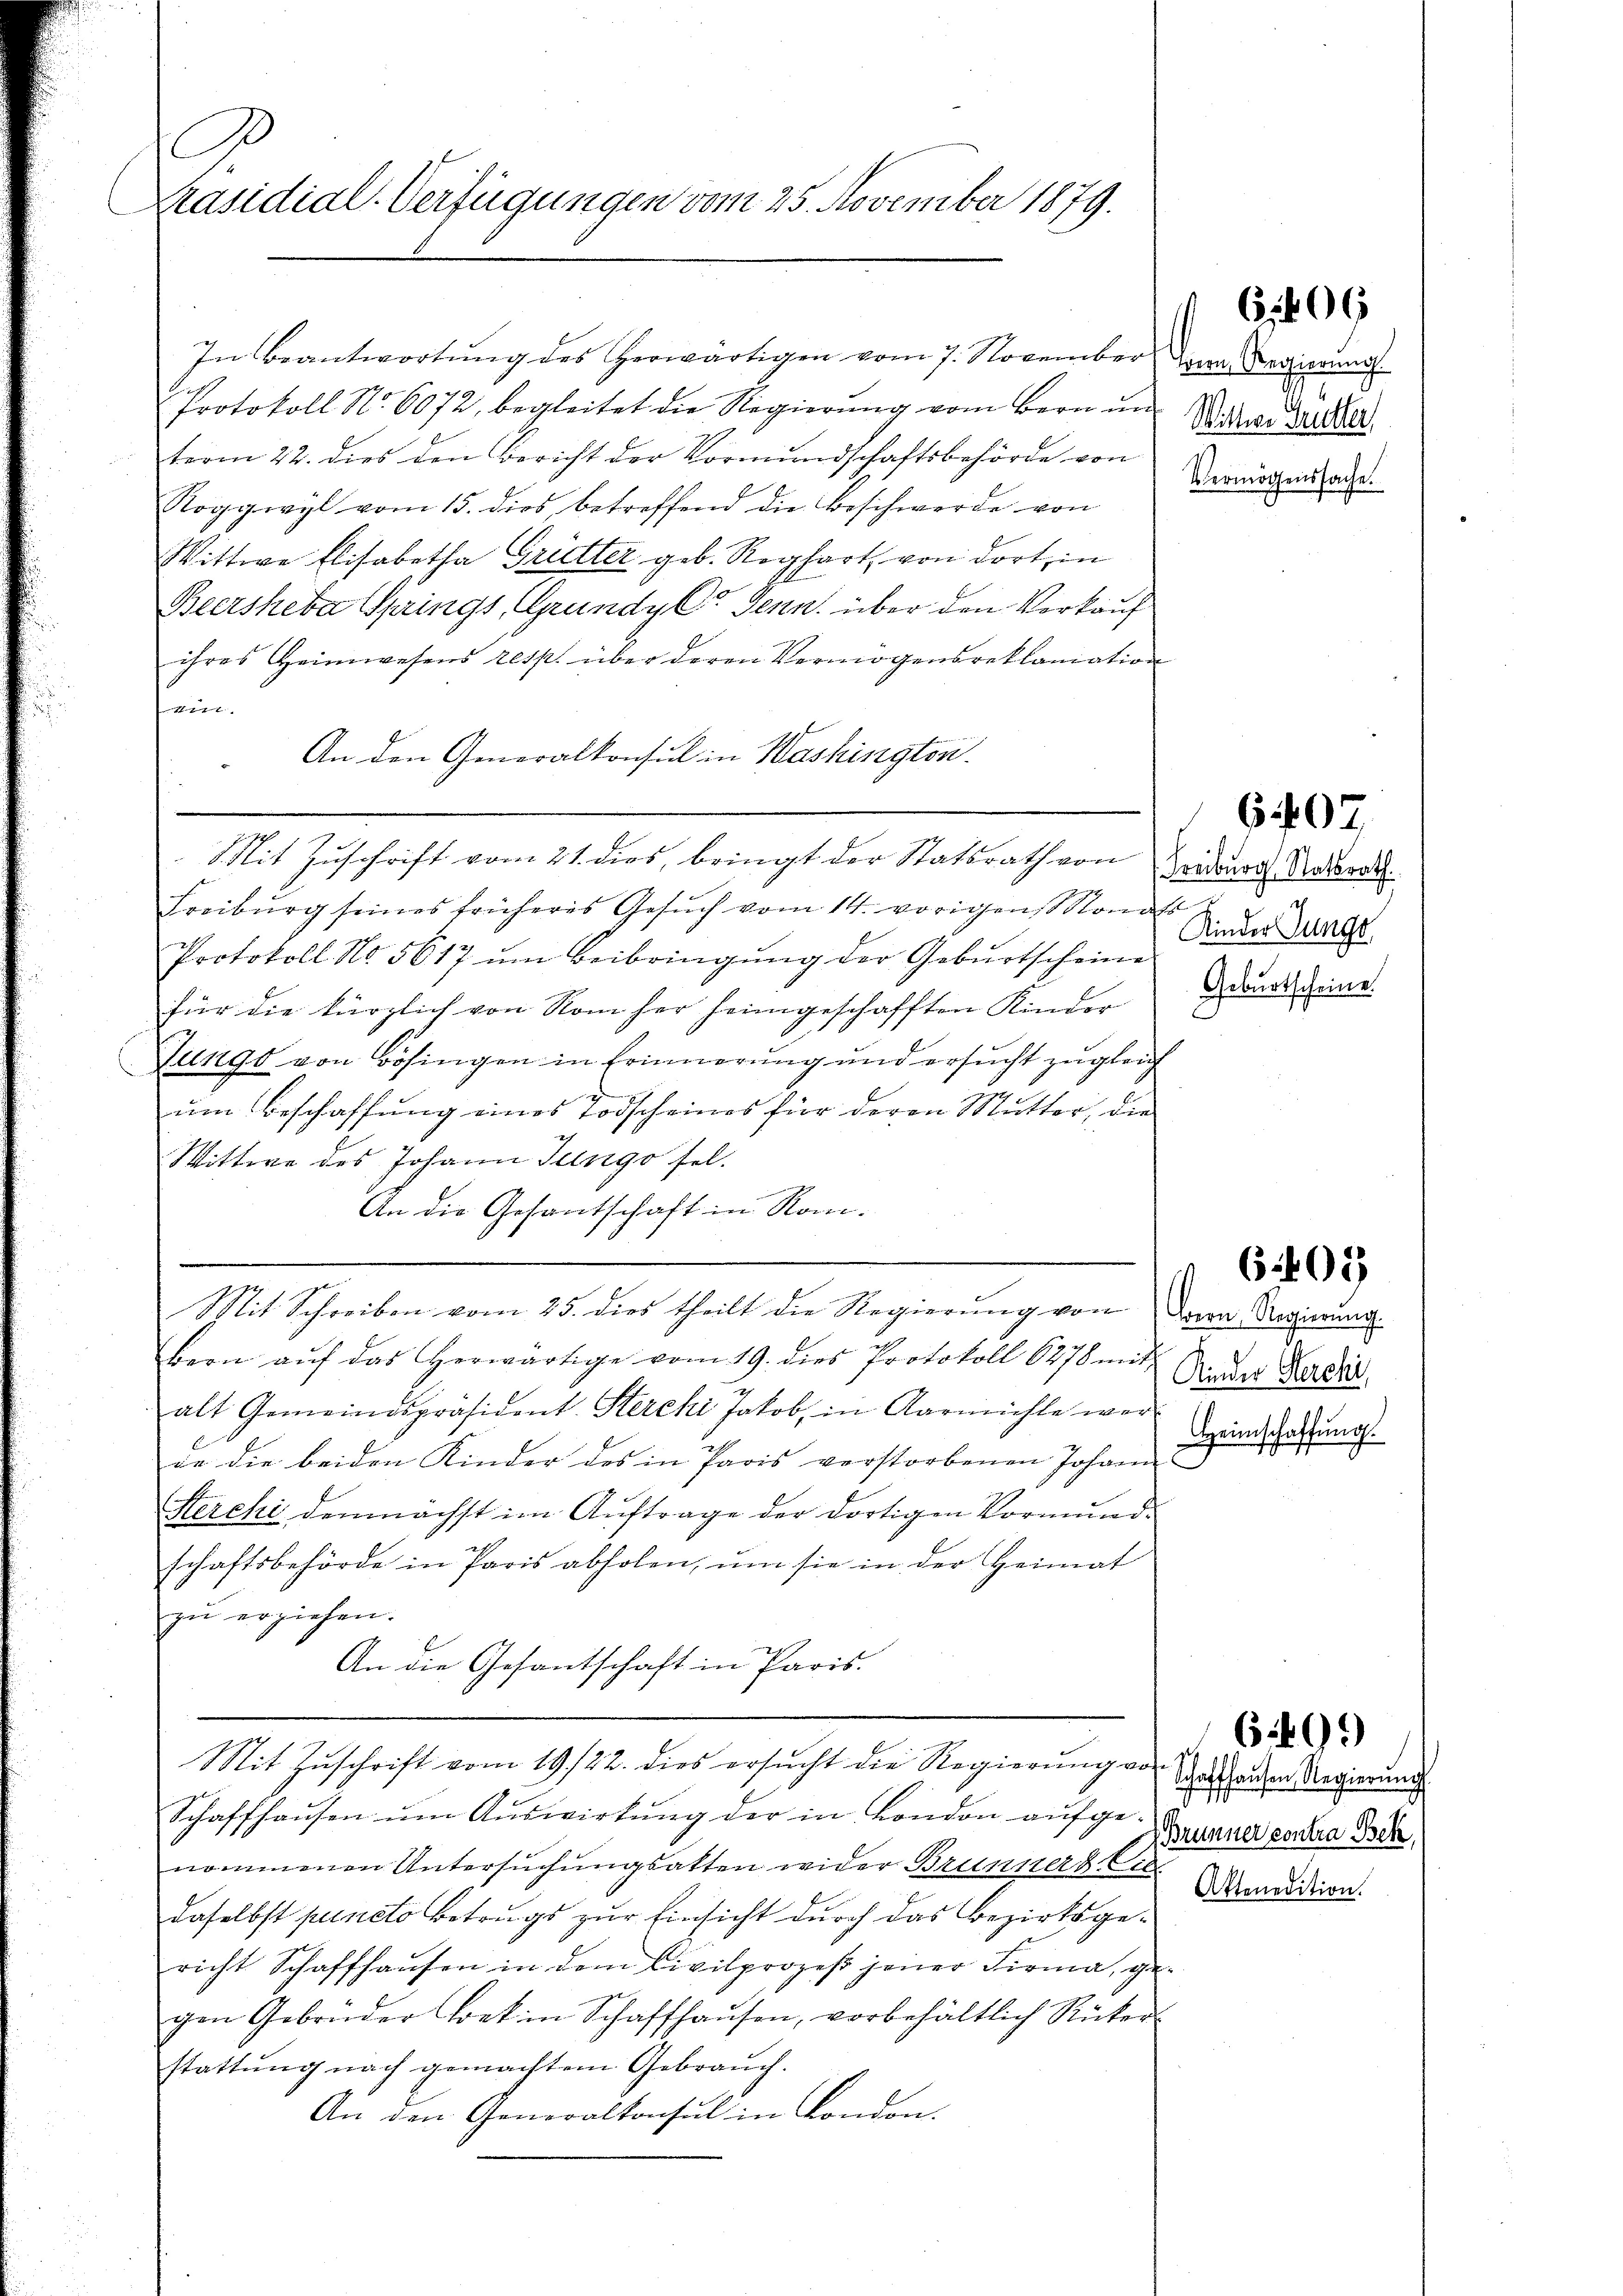
Präsidial-Verfügungen vom 25. November 1879.

C

In Beantwortung des Herwärtigen vom 7. November
Protokoll No 6072, begleitet die Regierŭng vom Bern in Witwe der er
term 22. dies den Bericht der Vormundschaftsbehörde von
Roggwyl vom 15. dies betreffend die Beschwerde von
Wittwe Elisabetha Grütter geb. Roghart, von dort, in
Beersheba Springs, Grundy Co. Jenn über den Verkauf
ihres Heimwesens resp. über deren Vermögensreklamation
 |
An den Generalkonsul in Washingten.
Mit Zuschrift vom 21. dies, bringt der Statsrath von
Freiburg seines früheres Gesŭch vom 14. vorigen Standes
Protokoll No 5617 um Beibringung der Geburtscheine
für die kürzlich von Rom her heimgeschafften Kinder
Jungo von Bösingen in Erinnerung und ersucht zugleich
d
um Beschaffung eines Todscheines für deren Mutter, die
Wittwe des Johann Turgo sel.
An die Gesantschaft in Rom.
Mit Schreiben vom 25. dies theilt die Regierung von den Regierung
Bern aŭf das herwärtige vom 19. dies Protokoll 6278 mit
alt Gemeindspräsident Sterchi Jakob, in Aarmühle wer-
in die beiden Kinder des in Paris verstorbenen Johan Hanschaffung
Sterchi demnächst im Auftrage der dortigen Vormundschaftsbehörde in Paris abholen, ŭm sie in der Heimat
zŭ erziehen.
An die Gesantschaft in Paris.
Mit Zuschrift vom 19./22. dies ersucht die Regierung von
Schaffhausen um Auswirkung der in London aufgenommenen Untersŭchŭngsakten wider Brunner. Ct. Annidion.
daselbst puncto Betrugs zur Einsicht durch das Bezirksgericht Schaffhausen in dem Civilprozeß jener Firma, gegen Gebonder Lock im Schaffhaŭsen, vorbehältlich Rücker-
stattung nach gemachtem Gebrauch.
An den Generalkonsul in London.

Bern, Regierung.
Vermögenssache.

Freiburg Statsrath
Kinder Junge
Geburtscheine.

Kinder Herchi

09

607

6.405

1
Schaffhausen, Regierŭng
1
(Brunner contra Bek.

6499)